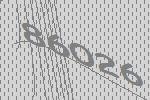
86026